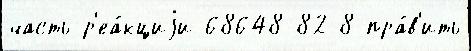
часть р'еа́кциjи 68648-82-8 пра́в'ить